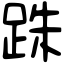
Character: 跦